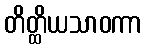
တိတ္ထိယသာဝကာ